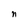
Character: n